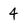
Character: 4